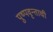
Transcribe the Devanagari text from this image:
पुष्पवृन्ताची